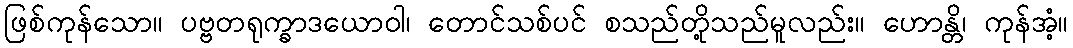
ဖြစ်ကုန်သော။ ပဗ္ဗတရုက္ခာဒယောဝါ၊ တောင်သစ်ပင် စသည်တို့သည်မူလည်း။ ဟောန္တိ၊ ကုန်အံ့။